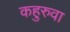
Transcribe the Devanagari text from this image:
कहुरुवा